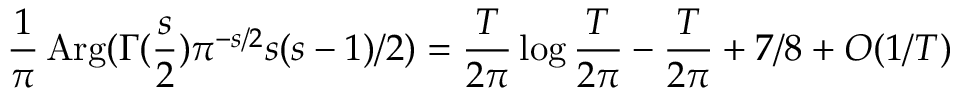
{ \frac { 1 } { \pi } } \mathop { \mathrm { A r g } } ( \Gamma ( { \frac { s } { 2 } } ) \pi ^ { - s / 2 } s ( s - 1 ) / 2 ) = { \frac { T } { 2 \pi } } \log { \frac { T } { 2 \pi } } - { \frac { T } { 2 \pi } } + 7 / 8 + O ( 1 / T )